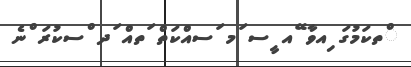
ްތކަމުގަ ިއވާ ޭއ ީސ ަމ ަސއްކަތް ަތއް ަދ ްސކުރަ ްނެ